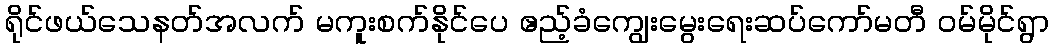
ရိုင်ဖယ်သေနတ်အလက် မကူးစက်နိုင်ပေ ဧည့်ခံကျွေးမွေးရေးဆပ်ကော်မတီ ဝမ်မိုင်ရွာ